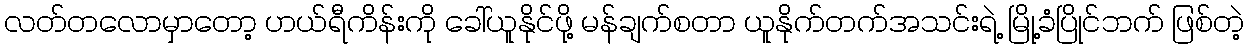
လတ်တလောမှာတော့ ဟယ်ရီကိန်းကို ခေါ်ယူနိုင်ဖို့ မန်ချက်စတာ ယူနိုက်တက်အသင်းရဲ့ မြို့ခံပြိုင်ဘက် ဖြစ်တဲ့